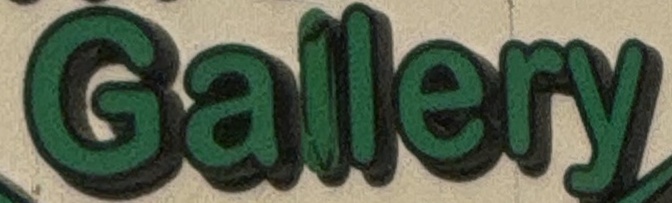
Gallery